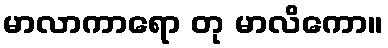
မာလာကာရော တု မာလိကော။